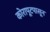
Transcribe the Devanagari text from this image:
कोरापूटपासून